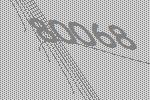
80068